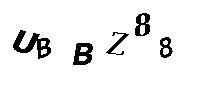
UBBZ88